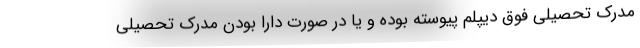
مدرک تحصیلی فوق دیپلم پیوسته بوده و یا در صورت دارا بودن مدرک تحصیلی